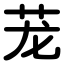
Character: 茏